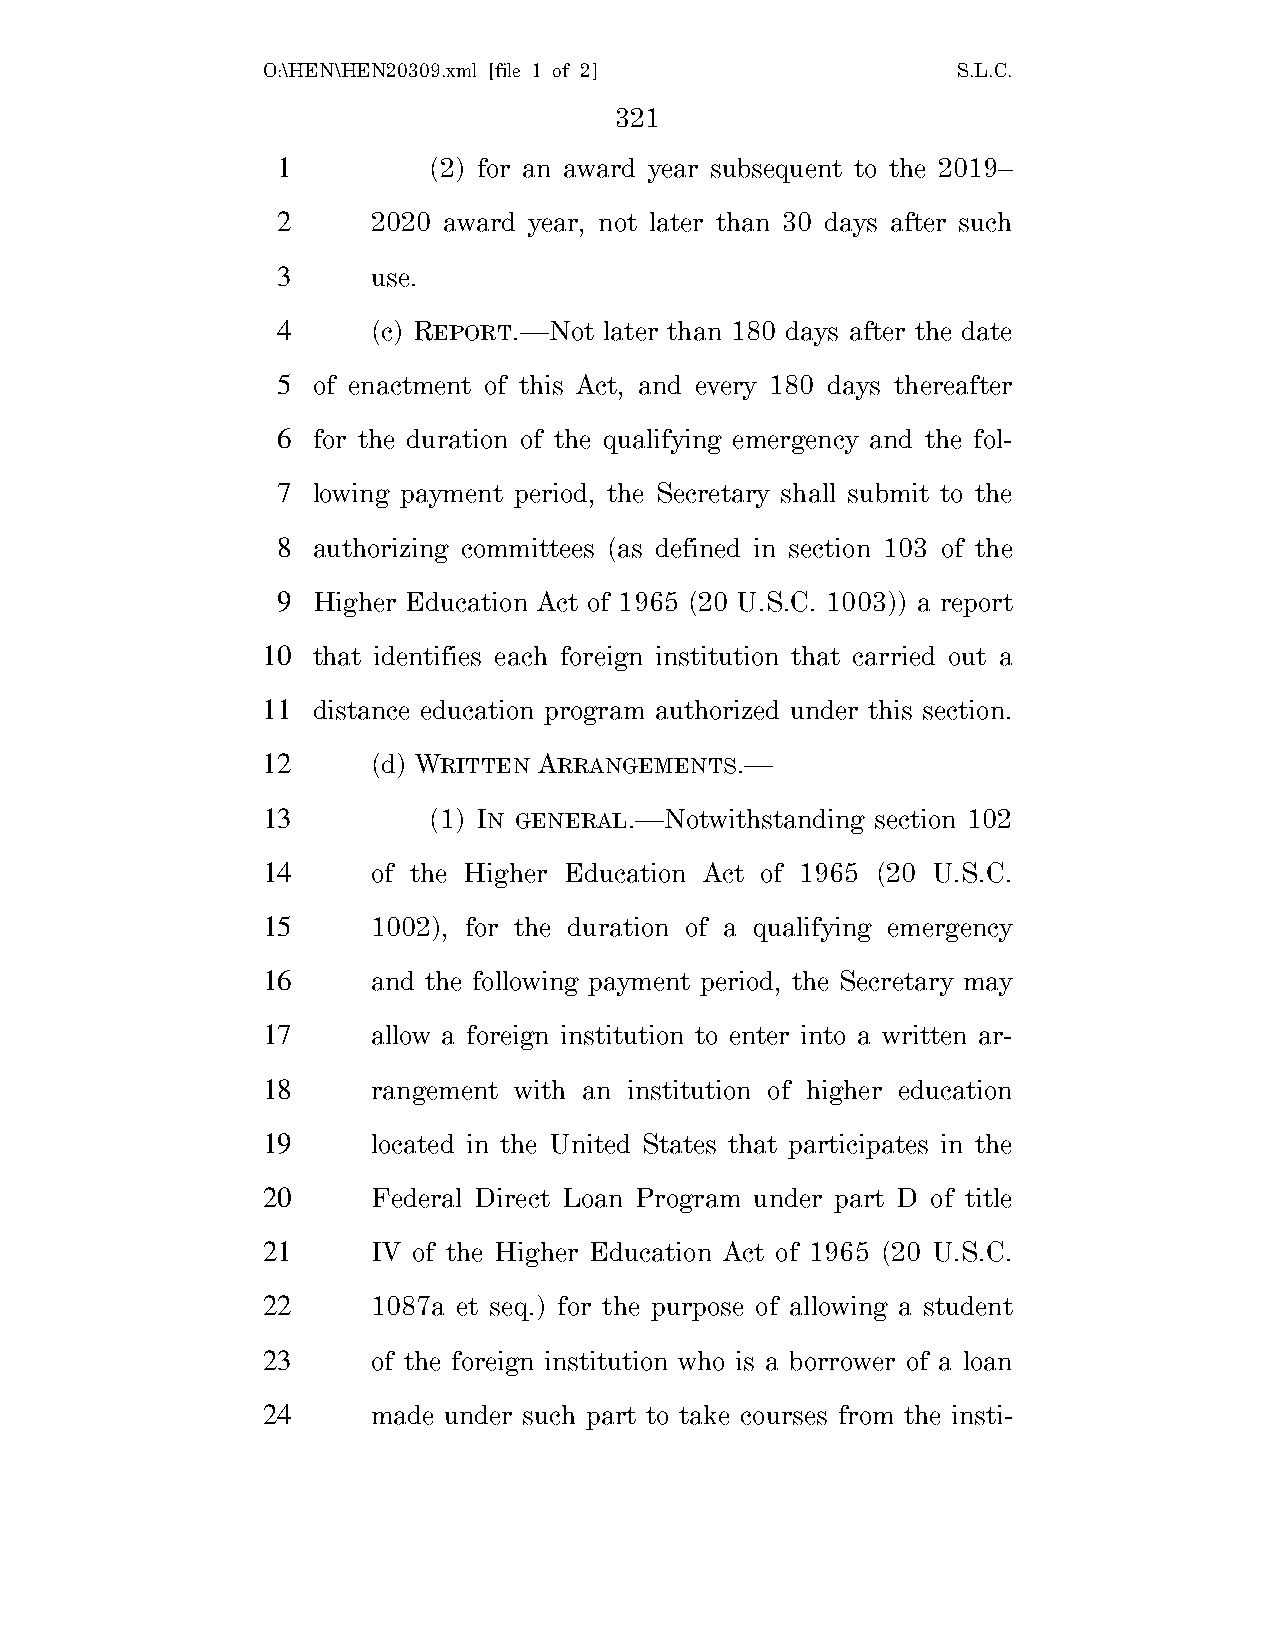
O:\HEN\HEN20309.xml [file 1 of 2]             S.L.C.
 321
 1         (2) for an award year subsequent to the 2019–
 2      2020 award year, not later than 30 days after such
 3      use.
 4      (c) REPORT.—Not later than 180 days after the date
 5  of enactment of this Act, and every 180 days thereafter
 6  for the duration of the qualifying emergency and the fol-
 7  lowing payment period, the Secretary shall submit to the
 8  authorizing committees (as defined in section 103 of the
 9  Higher Education Act of 1965 (20 U.S.C. 1003)) a report
 10  that identifies each foreign institution that carried out a
 11  distance education program authorized under this section.
 12      (d) WRITTEN ARRANGEMENTS.—
 13         (1) IN GENERAL.—Notwithstanding section 102
 14      of the Higher Education Act of 1965 (20 U.S.C.
 15      1002), for the duration of a qualifying emergency
 16      and the following payment period, the Secretary may
 17      allow a foreign institution to enter into a written ar-
 18      rangement with an institution of higher education
 19      located in the United States that participates in the
 20      Federal Direct Loan Program under part D of title
 21      IV of the Higher Education Act of 1965 (20 U.S.C.
 22      1087a et seq.) for the purpose of allowing a student
 23      of the foreign institution who is a borrower of a loan
 24      made under such part to take courses from the insti-